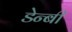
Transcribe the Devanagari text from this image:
डेन्‍बी